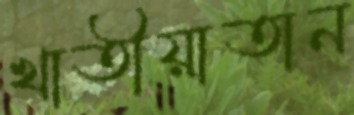
খাতীয়াতান